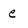
Character: e